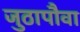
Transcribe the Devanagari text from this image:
जुठापौवा